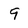
Character: 9